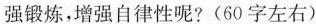
强锻炼，增强自律性呢?(60字左右)